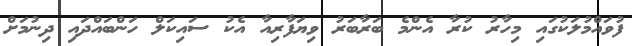
ފުވައްމުލަކުގައި މިހާރު ކުރާ އެންމެ ބަރާބަރު ވިޔަފާރިއާ އެކު ސައިކަލް ހަންބައްދައި ދިނުމަށް